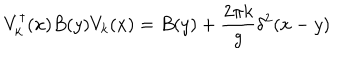
LaTeX: V _ { k } ^ { \dagger } ( x ) B ( y ) V _ { k } ( x ) = B ( y ) + \frac { 2 \pi k } { g } \delta ^ { 2 } ( x - y )